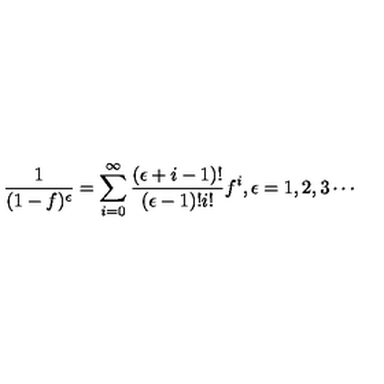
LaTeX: \frac { 1 } { ( 1 - f ) ^ { \epsilon } } = \sum _ { i = 0 } ^ { \infty } \frac { ( \epsilon + i - 1 ) ! } { ( \epsilon - 1 ) ! i ! } f ^ { i } , \epsilon = 1 , 2 , 3 \cdots